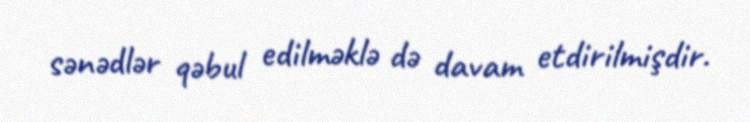
sənədlər qəbul edilməklə də davam etdirilmişdir.